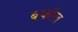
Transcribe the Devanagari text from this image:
बफौल